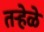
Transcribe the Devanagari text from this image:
तऱ्हेळे